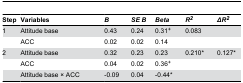
<table><thead><tr><td><b>Step</b></td><td><b>Variables</b></td><td><b><i>B</i></b></td><td><b><i>SE B</i></b></td><td><b><i>Beta</i></b></td><td><b><i>R<sup>2</sup></i></b></td><td><b><i>ΔR<sup>2</sup></i></b></td></tr></thead><tbody><tr><td>1</td><td>Attitude base</td><td>0.43</td><td>0.24</td><td>0.31<sup>+</sup></td><td>0.083</td><td></td></tr><tr><td></td><td>ACC</td><td>0.02</td><td>0.02</td><td>0.14</td><td></td><td></td></tr><tr><td>2</td><td>Attitude base</td><td>0.32</td><td>0.23</td><td>0.23</td><td>0.210*</td><td>0.127*</td></tr><tr><td></td><td>ACC</td><td>0.04</td><td>0.02</td><td>0.36<sup>+</sup></td><td></td><td></td></tr><tr><td></td><td>Attitude base × ACC</td><td>-0.09</td><td>0.04</td><td>-0.44*</td><td></td><td></td></tr></tbody></table>